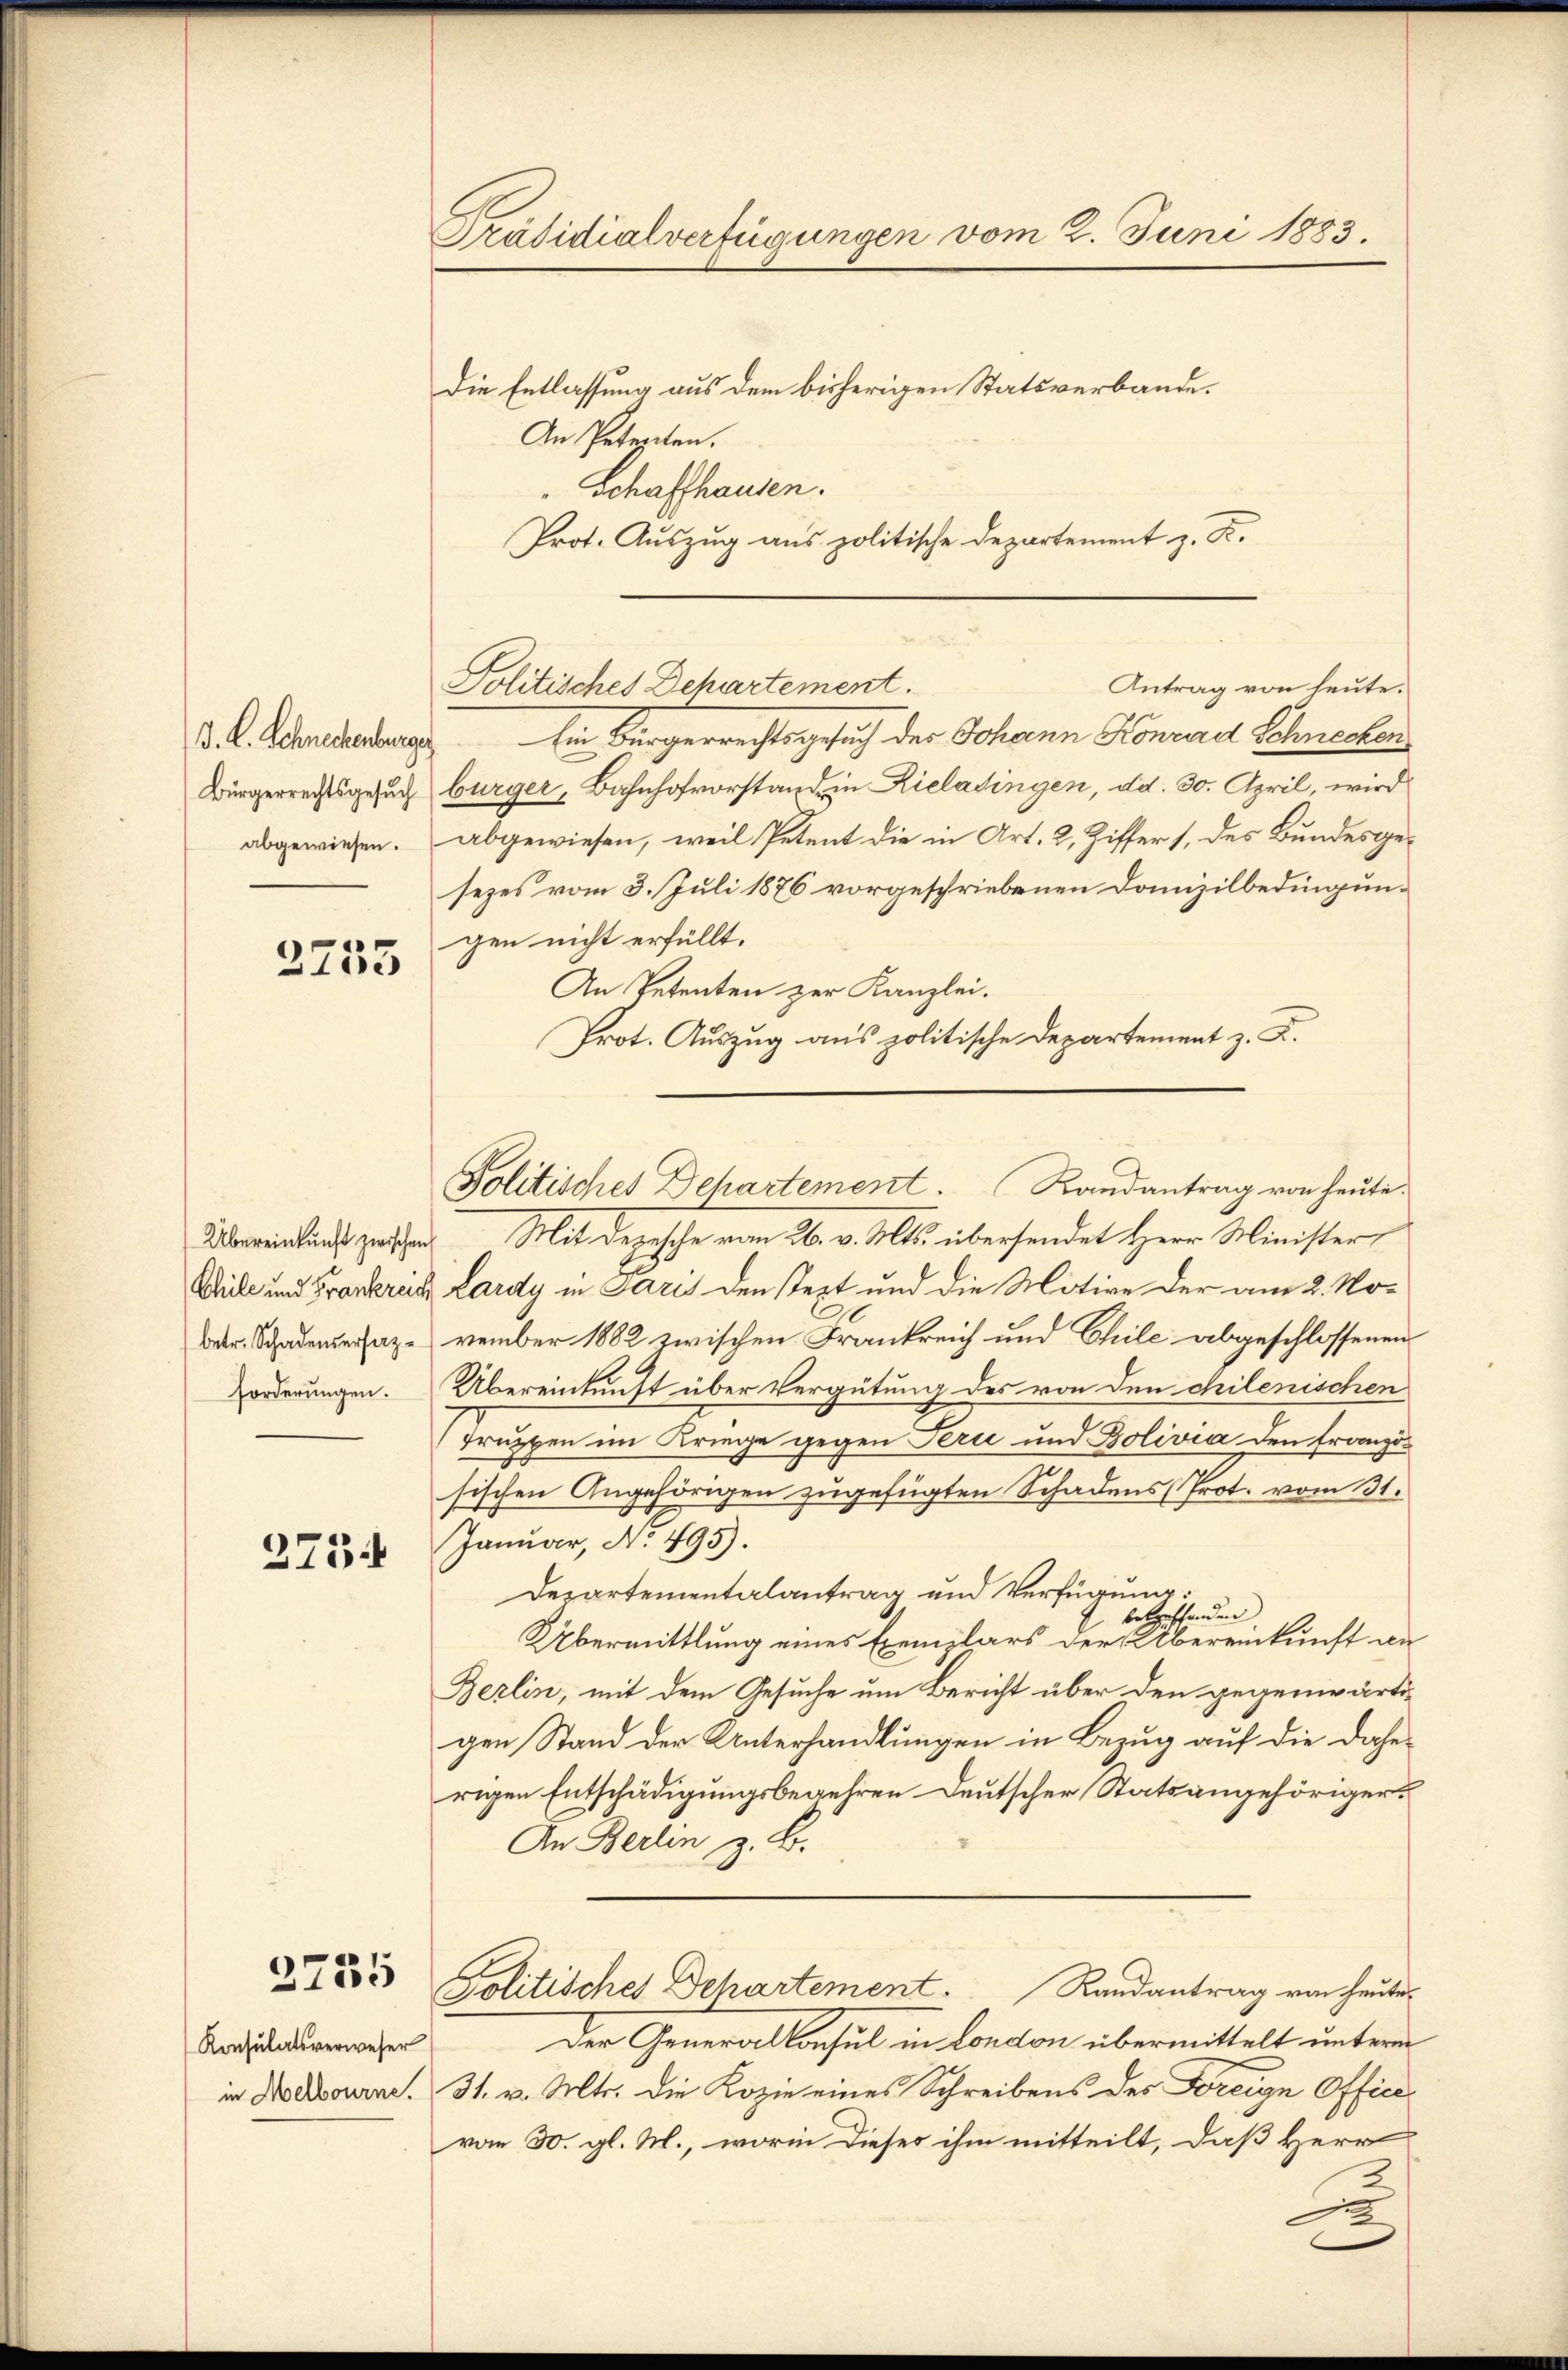
D. C. Schreckenburge
Bürgerrechtsgesuch
abgewiesen.

2755

Übereinkunft zwischen
Chile und Frankreich
betr. Schadensersatz¬
Forderungen.

2734

2755

Konsulatsverweser
in Melbourne.

Präsidialverfügungen vom 2. Juni 1883.
Die Entlassung aus dem bisherigen Statsverbande.
An Petenten.
Schaffhausen.

Prot. Aŭszŭg ans politische Departement z. B.
Ein Bürgerrechtsgesuch der Johann Konrad Schnecken
bürger, Bahnhofvorstand in Rielatingen, dd. 30. April, wird
abgewiesen, weil Petent die in Art. 2, Ziffers, des Bundesgesezes vom 3. Juli 1876 vorgeschriebenen Domizilbedingungen nicht erfüllt.
An Petenten zur Kanzlei.
Prot. Auszug aus politische Departement z. K.

Antrag von heute.
Politisches Behartement.

Mit Depesche vom 26. v. Mts. übersendet Herr Minister,
Lardy in Paris den stext und die Motive der am 2. November 1882 zwischen Frankreich und Chile abgeschlossenen
Übereinkunft über Vergütung des von den chilenischen
truppen im Kriege gegen Peri und Bolivia den Französischen Angehörigen zugefügten Schadens (Prot. vom 31.
Januar, No. 495).
Departementalantrag und Verfügung:
belgestanden.
Übermittlung eines Exemplars der Übereinkunft an
Berlin, mit dem Gesuche um Bericht über den gegenwärtigen Stand der Unterhandlungen in Bezug auf die daherigen Entschädigungsbegehren Deutscher Statsangehörigers
An Berlin z. B.
Politisches Departement. Randantrag von heute
Der Generalkonsul in London übermittelt unterm
31. v. Mts. die Kopie eines Schreibens des Freige Office
vom 30. gl. M., worin dieses ihm mitteilt, daß Herr
e

Politisches Dehartement. Randantrag von heute.